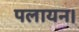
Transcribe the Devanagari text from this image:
पलायन।